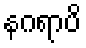
နဂရာပိ